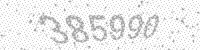
Solution: 385990